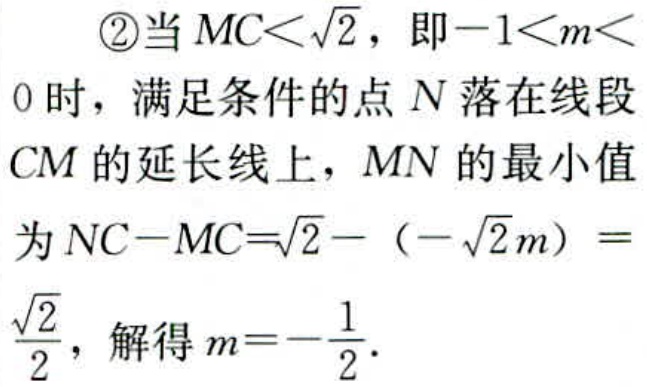
\textcircled{2}当\(MC<\sqrt{2}\)，即\(-1<m<0\)时，满足条件的点 \(N\) 落在线段 \(CM\) 的延长线上，\(MN\) 的最小值为 \(NC - MC=\sqrt{2}-(-\sqrt{2}m)=\frac{\sqrt{2}}{2}\)，解得 \(m = -\frac{1}{2}\)．